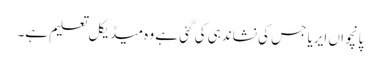
پانچواں ایریا جس کی نشاندہی کی گئی ہے وہ میڈیکل تعلیم ہے۔